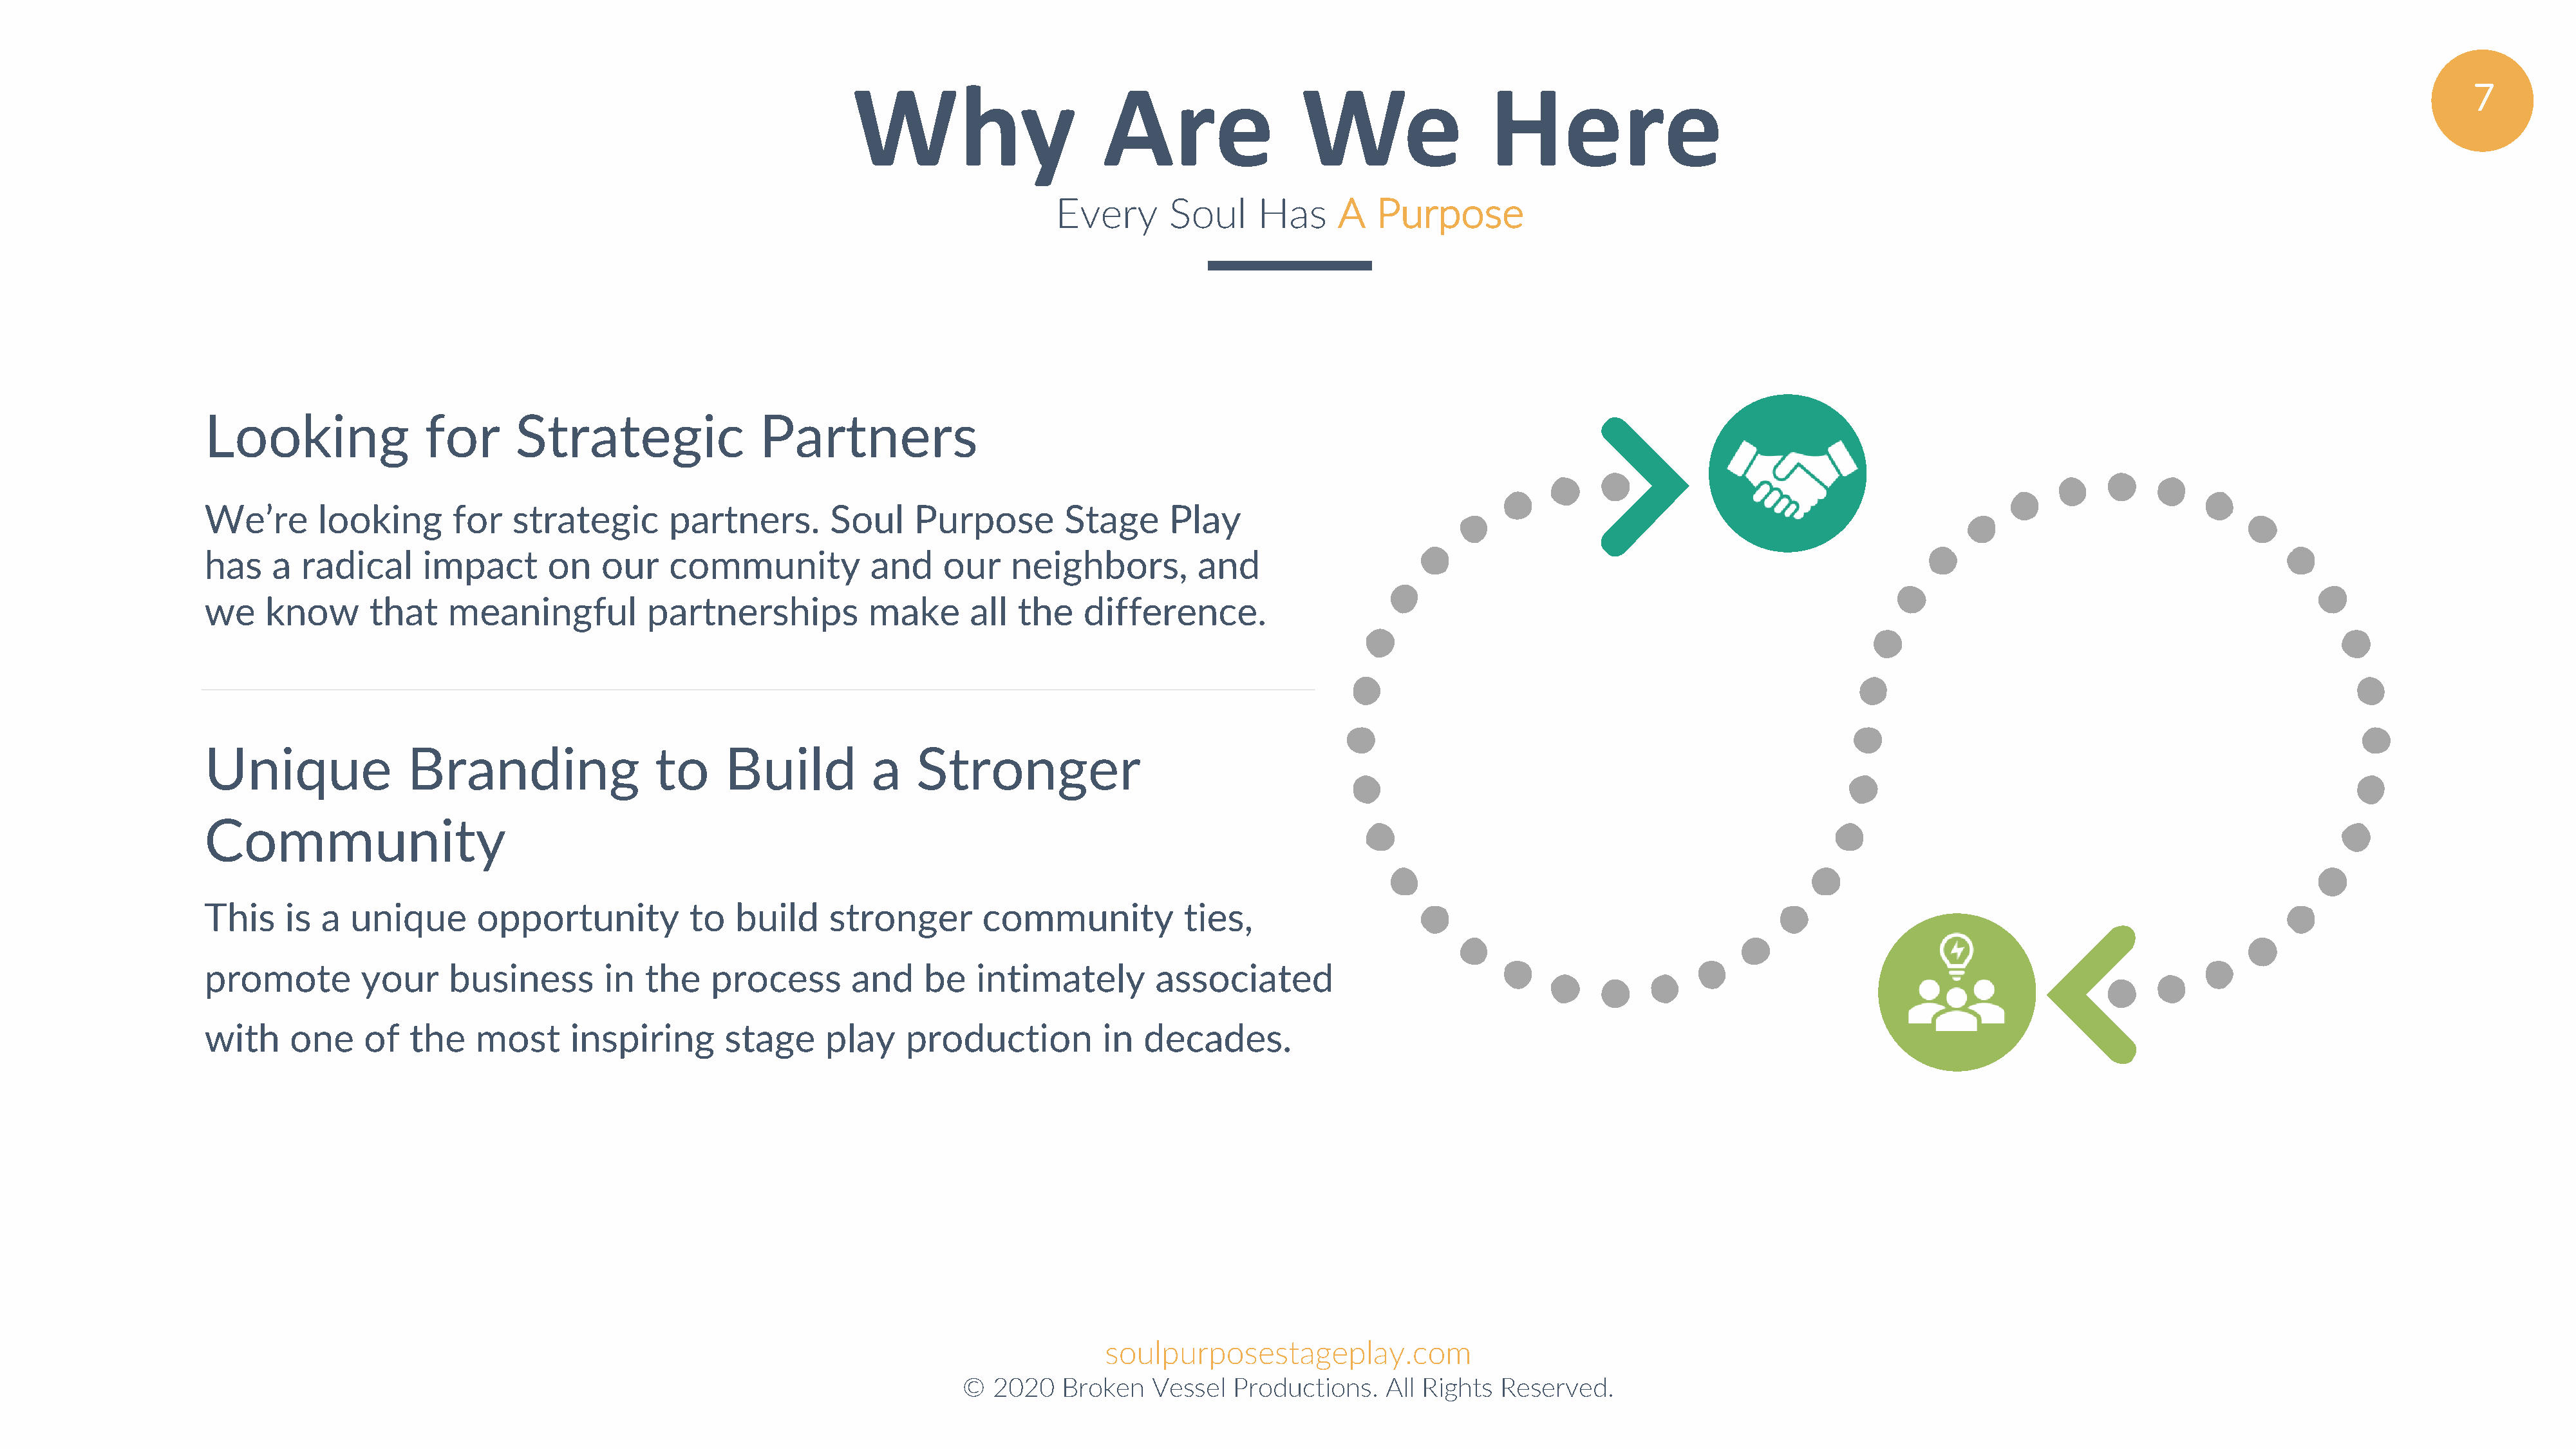
Why                      Are                  We                 Here                                                                                                 7
 Every      Soul     Has      A   Purpose
 Looking                for      Strategic                Partners
 We’re       looking       for   strategic       partners.       Soul     Purpose        Stage      Play
 has    a  radical     impact       on    our    community           and     our    neighbors,         and
 we    know       that    meaningful           partnerships          make       all  the   difference.
 Unique               Branding                 to     Build           a   Stronger
 Community
 This    is  a  unique       opportunity           to   build    stronger        community            ties,
 promote         your     business        in  the    process        and    be   intimately         associated
 with     one    of   the    most      inspiring      stage      play    production          in   decades.
 soulpurposestageplay.com
 ©  2020   Broken   Vessel   Productions.   All Rights  Reserved.